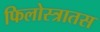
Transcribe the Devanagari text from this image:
फिलोस्त्रातस